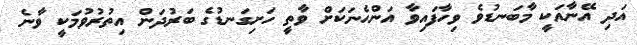
އަދި އޭނާއަކީ މާބަނޑުވެ ވިހާފައިވާ އަންހެނަކަށް ވާތީ ހަށިގަނޑުގެ ބަރުދަން އިތުރުވުމަކީ ވާނެ